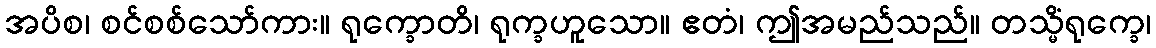
အပိစ၊ စင်စစ်သော်ကား။ ရုက္ခောတိ၊ ရုက္ခဟူသော။ ဧတံ၊ ဤအမည်သည်။ တသ္မိံရုက္ခေ၊